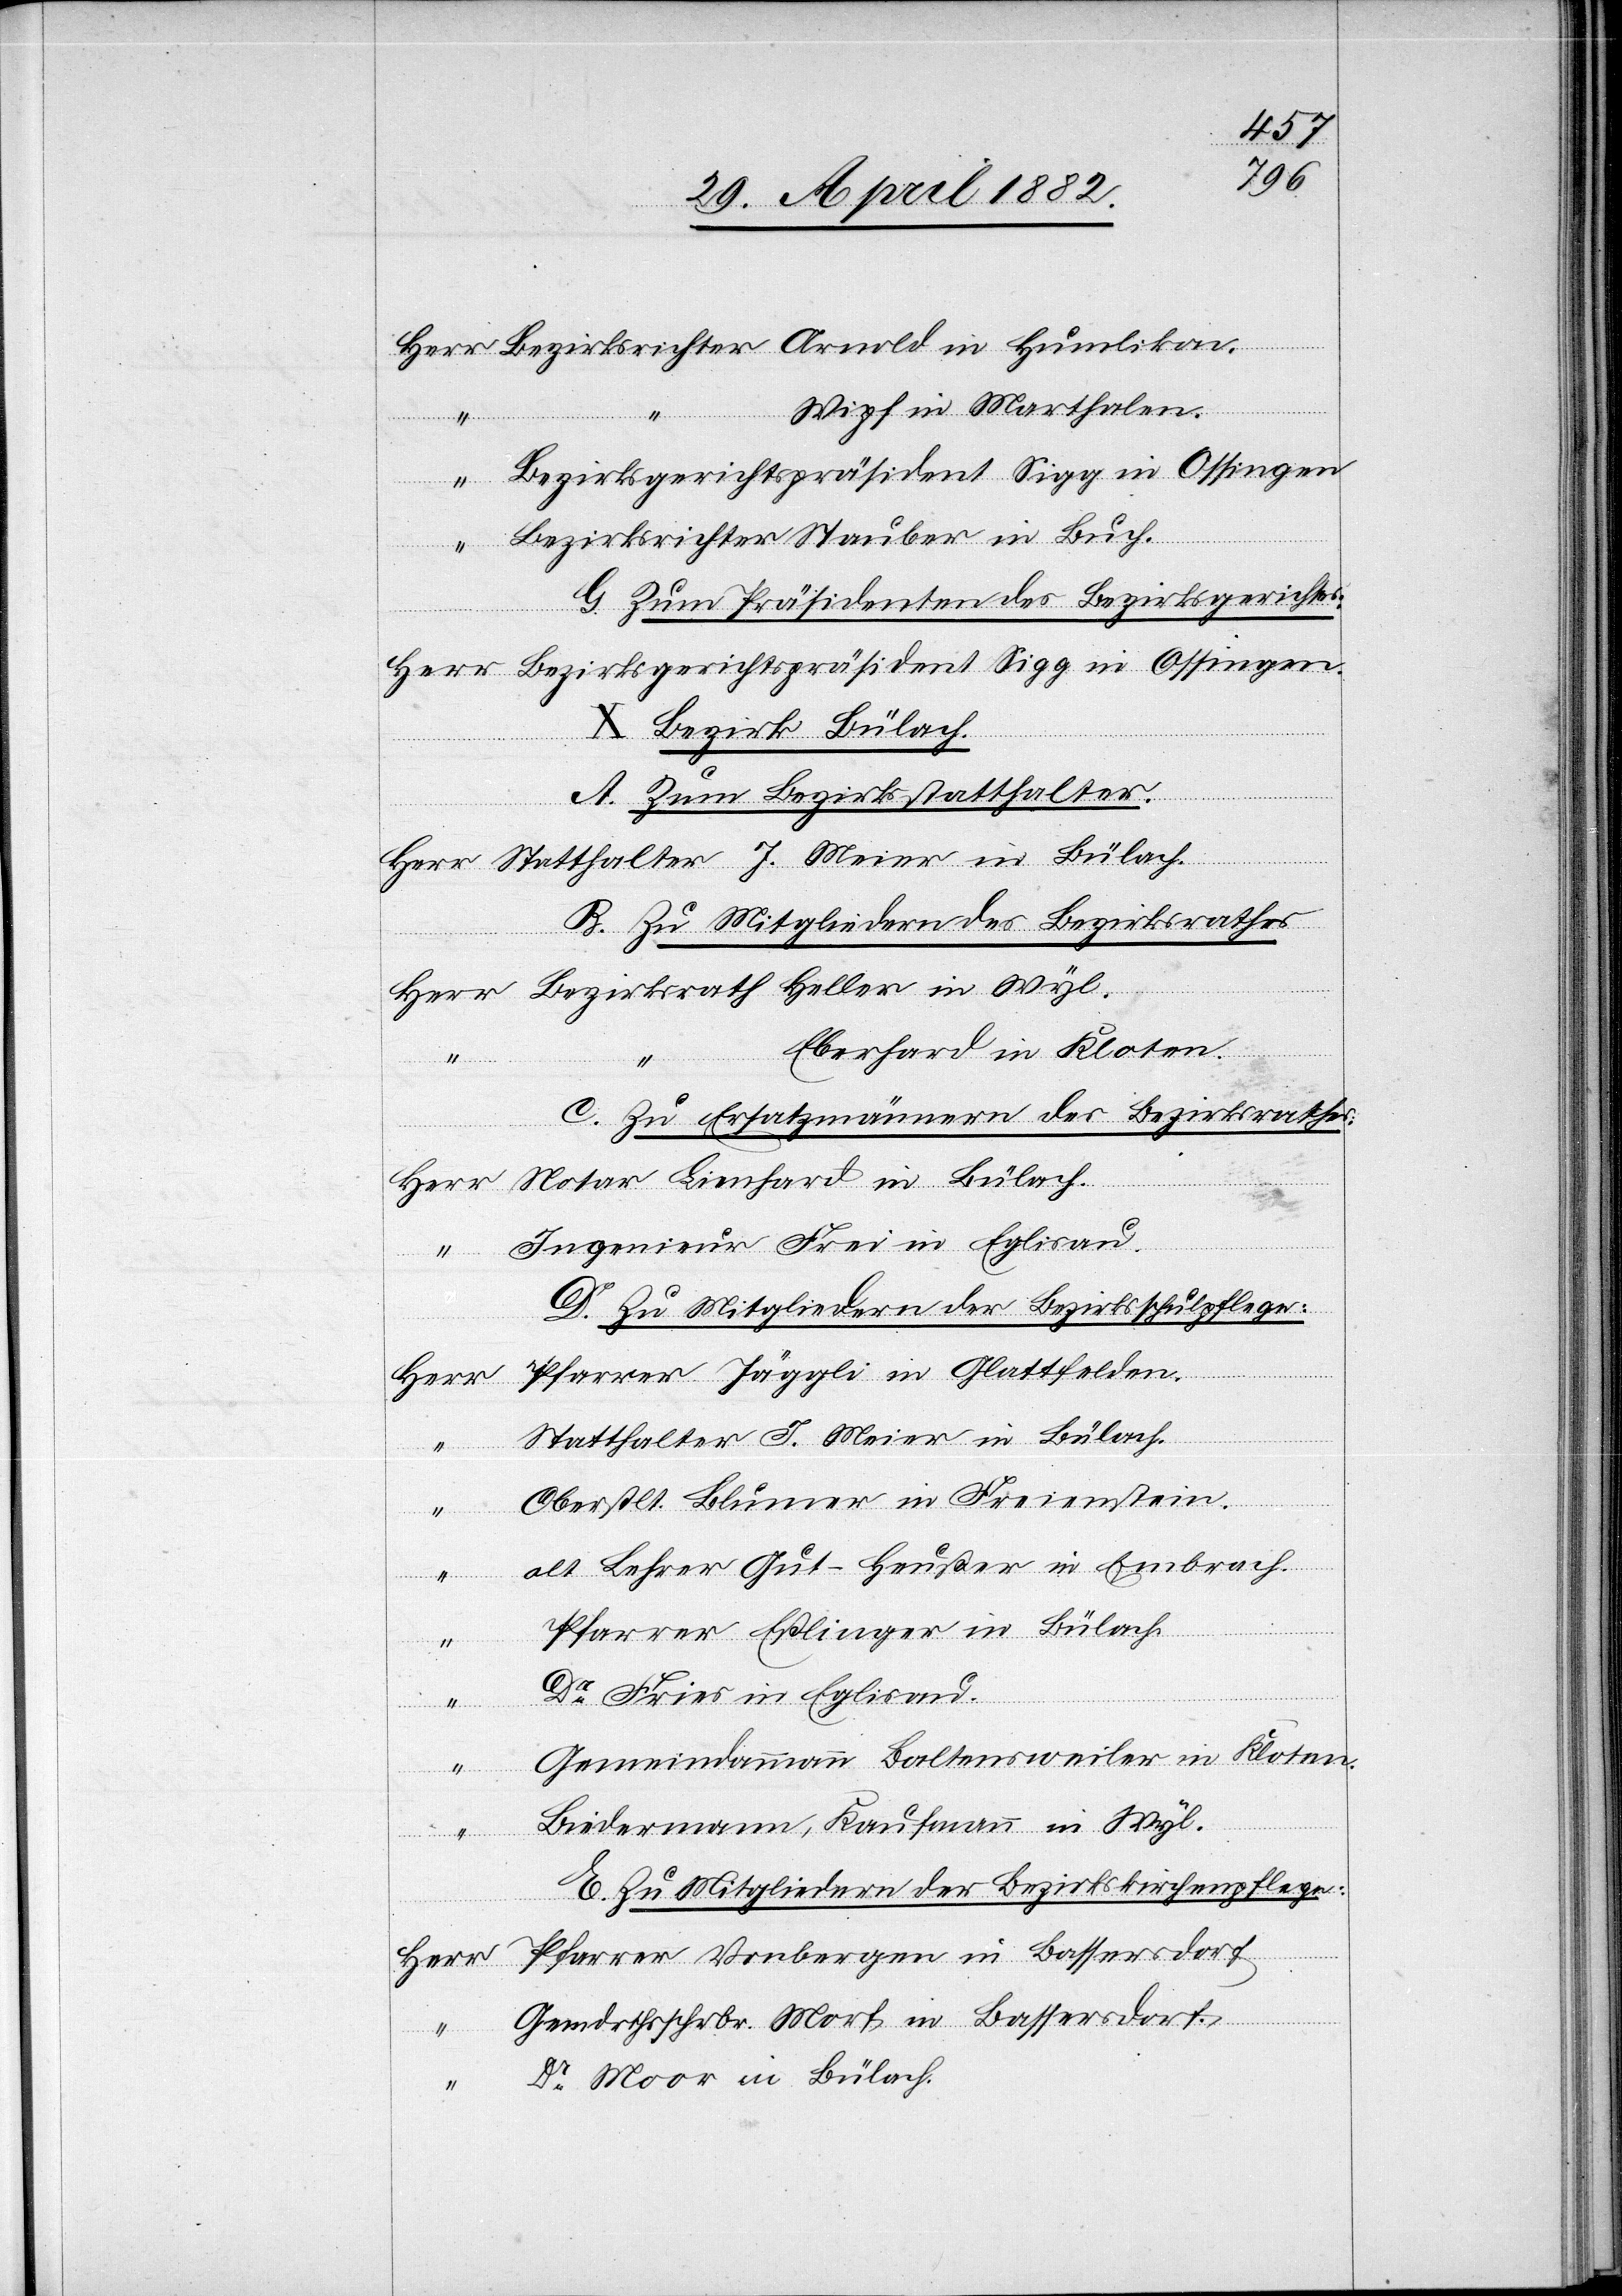
Wipf in Marthalen.
Ingenieur
Bezirksgerichtspräsident Sigg in Ossingen.
G. Zum Präsidenten des Bezirksgerichtes:
X. Bezirk Bülach.
A. Zum Bezirksstatthalter.
B. Zu Mitgliedern des Bezirksrathes.
Eberhard in Kloten.
C. Zu Ersatzmännern des Bezirksrathes:
Blumer
dorf.
D. Zu Mitgliedern der Bezirksschulpflege:
Herr
in
Dr Fries in Eglisau.
ergen
“
Gemeindammann Baltensweiler in Kloten.
thalter
Biedermann, Kaufmann in Wyl.
E. Zu Mitgliedern der Bezirkskirchenpflege.
Gemdrthsschrbr. Morf, in Bassersdorf.
Dr Moor in Bülach.